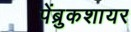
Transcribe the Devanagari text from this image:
पेंब्रुकशायर